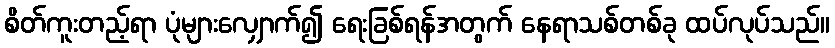
စိတ်ကူးတည့်ရာ ပုံများလျှောက်၍ ရေးခြစ်ရန်အတွက် နေရာသစ်တစ်ခု ထပ်လုပ်သည်။